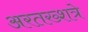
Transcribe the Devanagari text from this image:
अरतख्शत्रे